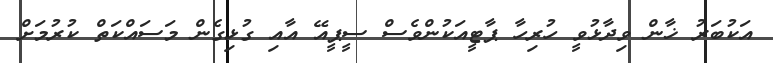
އަކުބަރު ޚާން ވިދާޅުވީ ހުރިހާ ޕާޓީއަކުންވެސް ސީޕީއޭ އާއި ގުޅިގެން މަސައްކަތް ކުރުމަށް